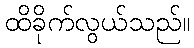
ထိခိုက်လွယ်သည်။